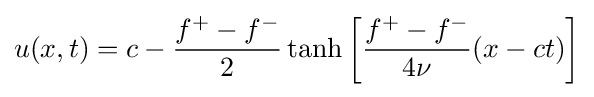
u(x,t)=c-{\frac {f^{+}-f^{-}}{2}}\tanh \left[{\frac {f^{+}-f^{-}}{4\nu }}(x-ct)\right]